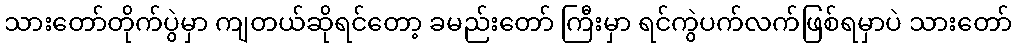
သားတော်တိုက်ပွဲမှာ ကျတယ်ဆိုရင်တော့ ခမည်းတော် ကြီးမှာ ရင်ကွဲပက်လက်ဖြစ်ရမှာပဲ သားတော်